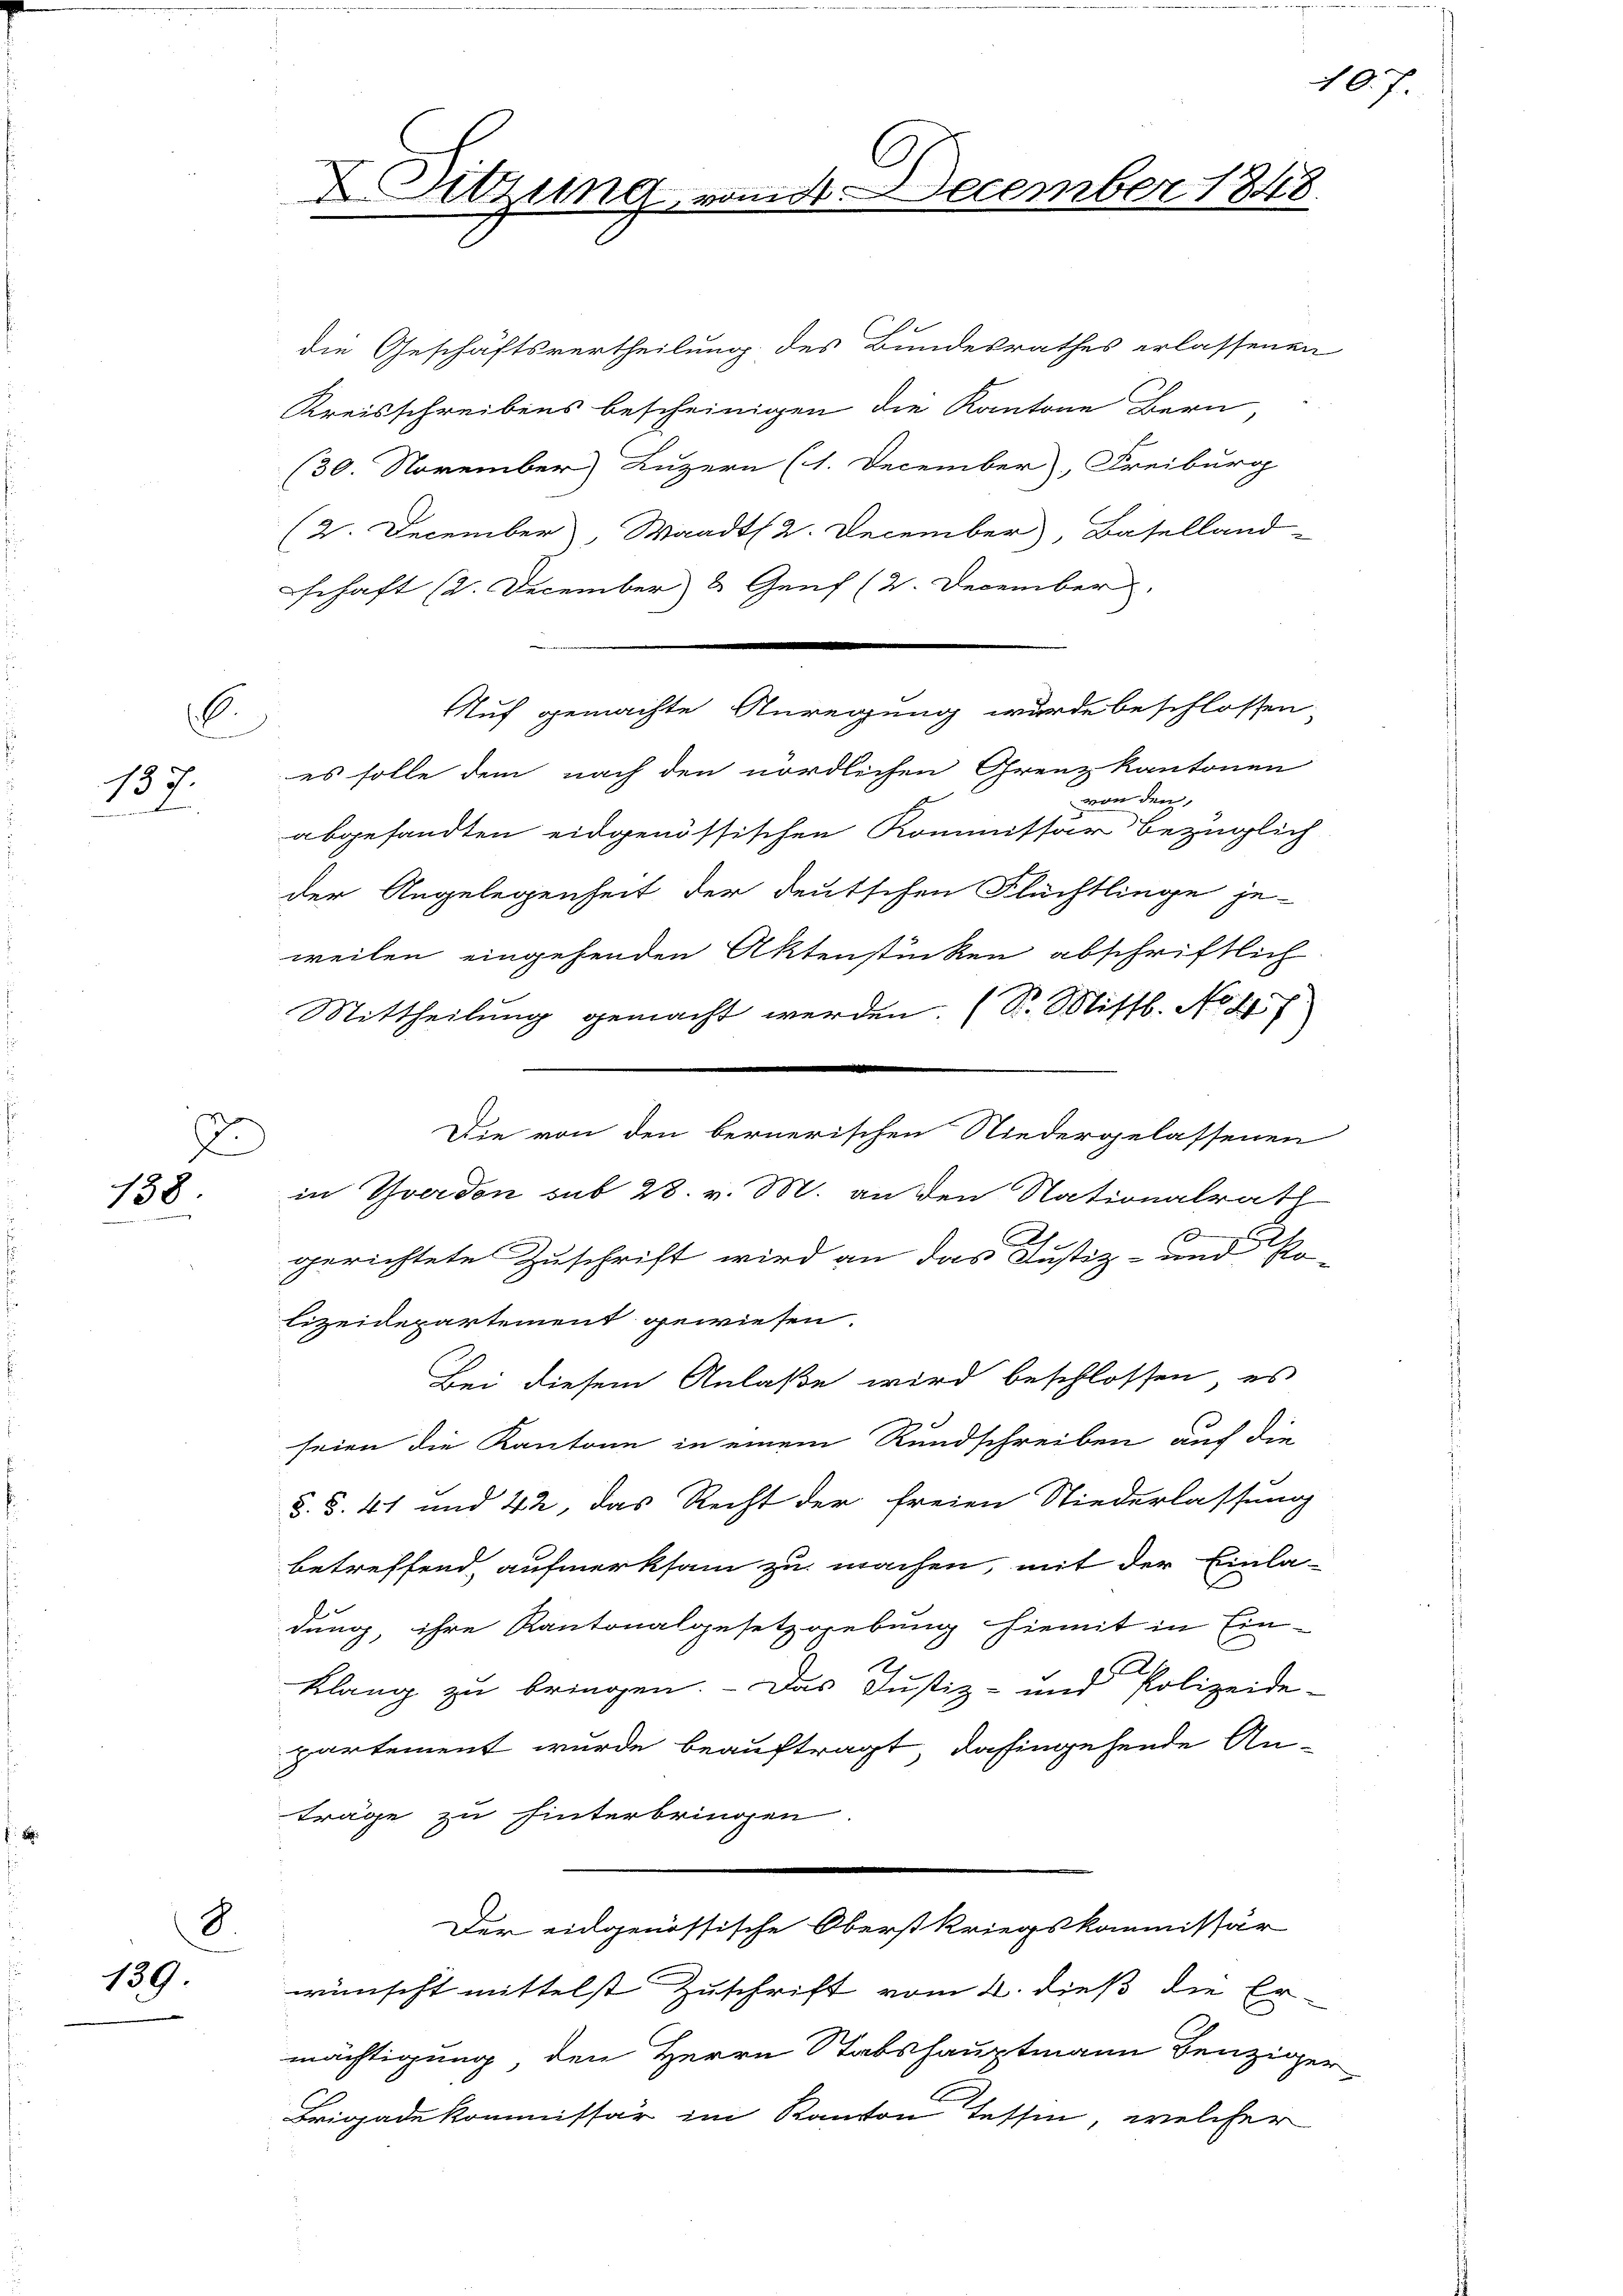
6.
137.
1

h
E
138

8.
139.

G
 Sitzung, vom 11. December 1848.

die Geschäftsvertheilung des Bundesrathes erlassenen
Kreisschreibens bescheinigen die Kantone Bern,
(30. November) Luzern (1. December, Freiburg
(2. December, Waadt 2. December, Baselland-
schaft (2. December 3 Genf (2. December
es solle dem nach den nördlichen Grenz kantonen
von den
abgesandten eidgenössischen Kommissar bezüglich
der Angelegenheit der deutschen Flüchtlinge je-
weilen eingehenden Aktenstücken abschriftlich
Mittheilung gemacht werden. (S. Mittl. No 47
Die von den bernerischen Niedergelassenen
in Yverdon sub 28. v. M. an den Nationalrath
C
gerichtete Zuschrift wird an das Justiz- und Po-
lizeidepartement gewiesen.
Bei diesem Anlaße wird beschlossen, es
seien die Kantone in einem Rundschreiben auf die
§. §. 41 und 42, das Recht der freien Niederlassung
betreffend aufmerksam zu machen, mit der Einla-
dung, ihre Kantonalgesetzgebung hiemit in Ein-
.
Klang zu bringen. - Das Justiz- und Polizeide-
partement wurde beauftragt, dahingehende An-
träge zu hinterbringen
Der eidgenössische Oberstkriegskommissär
wünscht mittelst Zuschrift vom 2. dieß die Er-
mächtigung, den Herrn Stabshauptmann Benziger
Brigadekommissär im Kanton Tessin, welcher

Auf gemachte Anregung wurde beschlossen

40.7.